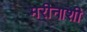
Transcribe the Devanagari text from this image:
मरीनाशी